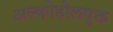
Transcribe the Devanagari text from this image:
अल्कोहोलयुक्त